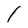
Character: l